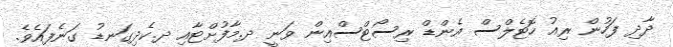
ދާދި ފަހުން ރިއު ހޮޓެލްސް އެންޑް ރިސޯޓްސްއިން ވަނީ ދ.މާފުށްޓާއި ދ.ކެދިގަނޑު ގަނެފައެވެ.